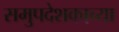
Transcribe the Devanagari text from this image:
समुपदेशकाच्या